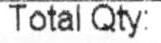
TOTAL QTY: